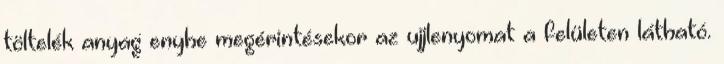
töltelék anyag enyhe megérintésekor az ujjlenyomat a felületen látható.